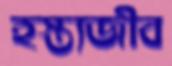
হস্ত্যজীব